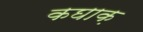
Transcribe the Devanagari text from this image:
कघाक़